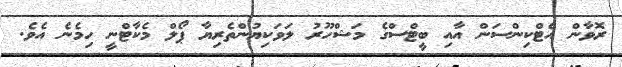
ރޮވާން އެޓްކިންސަން އާއި ބީޓްސްގެ މަޝްހޫރު ލަވަކިޔުންތެރިޔާ ޕޯލް މެކާޓްނީ ހިމެނެ އެވެ.